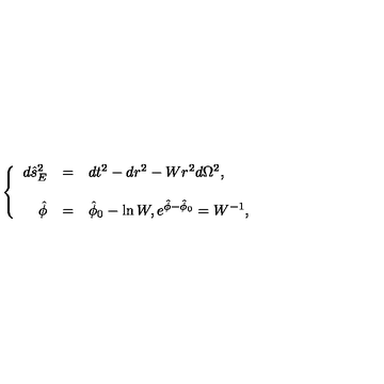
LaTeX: \left\{ \begin{array} { r c l } { d \hat { s } _ { E } ^ { 2 } } & { = } & { d t ^ { 2 } - d r ^ { 2 } - W r ^ { 2 } d \Omega ^ { 2 } , } \\ { } & { } & { } \\ { \hat { \phi } } & { = } & { \hat { \phi } _ { 0 } - \ln W , e ^ { \hat { \phi } - \hat { \phi } _ { 0 } } = W ^ { - 1 } , } \\ \end{array} \right.